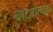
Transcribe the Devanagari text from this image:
नाट्यात्मक